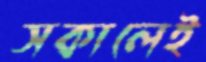
সকালেই